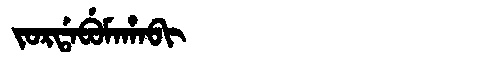
Manchu: ᠵᠣᡵᡩᠠᠪᡠᠮᠠᡥᠠᠪᡳ
Romanization: JORDABUMAHABI